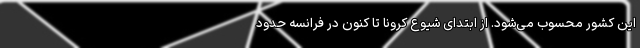
این کشور محسوب می‌شود. از ابتدای شیوع کرونا تا کنون در فرانسه حدود